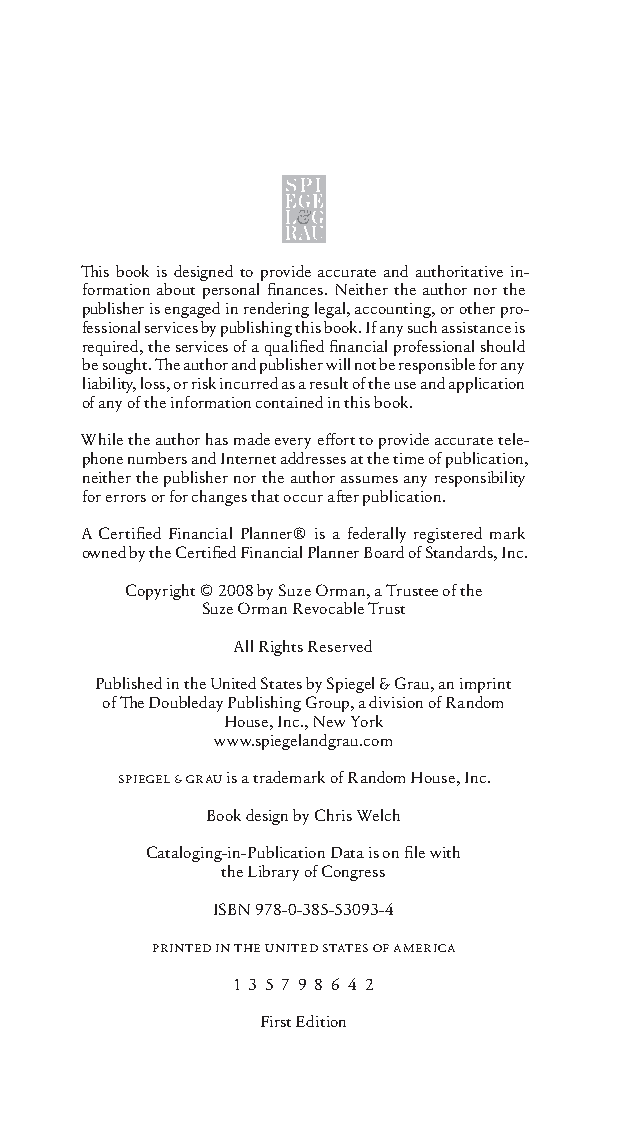
Th is book is designed to provide accurate and authoritative in-
 formation about personal fi nances. Neither the author nor the
 publisher is engaged in rendering legal, accounting, or other pro-
 fessional services by publishing this book. If any such assistance is
 required, the services of a qualifi ed fi nancial professional should
 be sought. Th e author and publisher will not be responsible for any
 liability , loss, or risk incurred as a result of the use and application
 of any of the information contained in this book.
 While the author has made every eff ort to provide accurate tele-
 phone numbers and Internet addresses at the time of publication,
 neither the publisher nor the author assumes any responsibility
 for errors or for changes that occur aft er publication.
 A Certifi ed Financial Planner® is a federally registered mark
 owned by the Certifi ed Financial Planner Board of Standards, Inc.
 Copyright © 2008 by Suze Orman, a Trustee of the
 Suze Orman Revocable Trust
 All Rights Reserved
 Published in the United States by Spiegel & Grau, an imprint
 of Th e Doubleday Publishing Group, a division of Random
 House, Inc., New York
 www.spiegelandgrau.com
 SPIEGEL & GRAU is a trademark of Random House, Inc.
 Book design by Chris Welch
 Cataloging-in-Publication Data is on fi le with
 the Library of Congress
 ISBN 978-0-385-53093-4
 PRINTED IN THE UNITED STATES OF AMERICA
 1 3 5 7 9 8 6 4 2
 First Edition
 OOrrmmaa__99778800338855553300993344__44pp__aallll__rr11..iinndddd iivv 1122//33//0088 99::3300::5544 AAMM